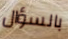
بالسؤال